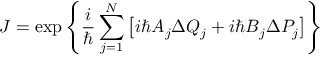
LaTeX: J = \exp \left\{ \frac { i } { \hbar } \sum _ { j = 1 } ^ { N } \left[ i \hbar A _ { j } \Delta Q _ { j } + i \hbar B _ { j } \Delta P _ { j } \right] \right\}